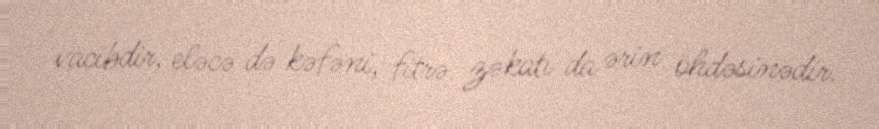
vacibdir, eləcə də kəfəni, fitrə zəkatı da ərin öhdəsinədir.